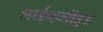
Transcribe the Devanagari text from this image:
लाईव्हलीहुड